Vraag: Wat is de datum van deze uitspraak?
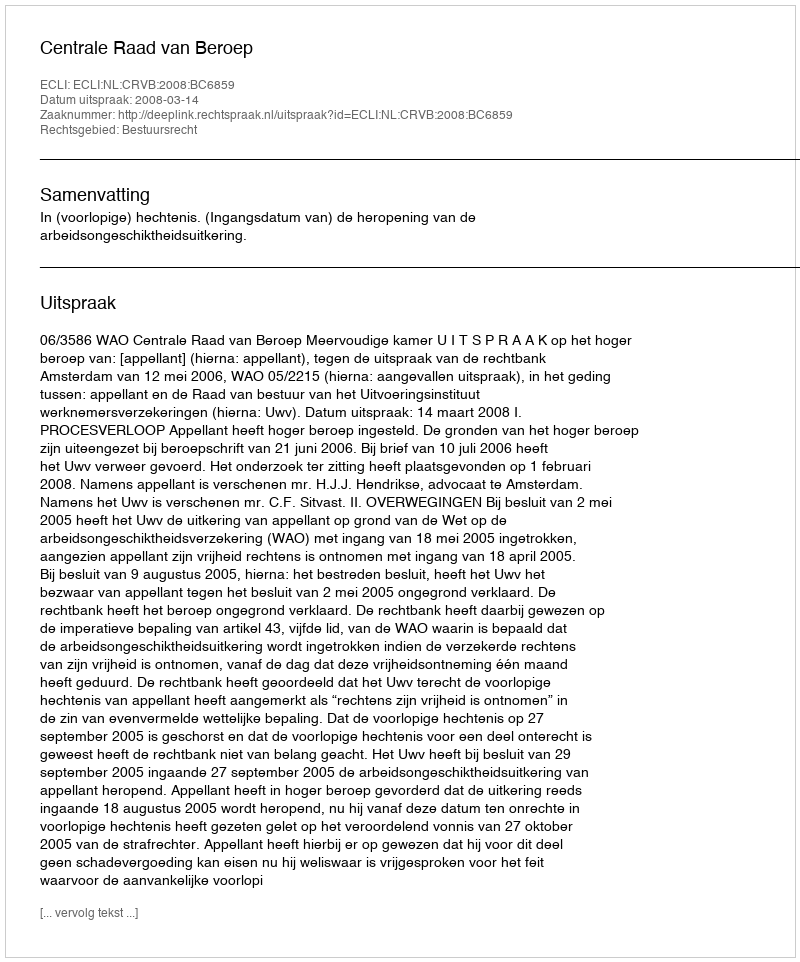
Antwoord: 2008-03-14